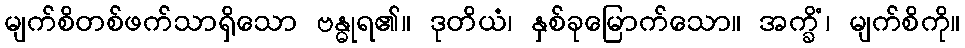
မျက်စိတစ်ဖက်သာရှိသော ဗန္ဓုရ၏။ ဒုတိယံ၊ နှစ်ခုမြောက်သော။ အက္ခိံ၊ မျက်စိကို။